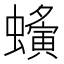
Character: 𧓒